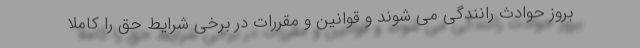
بروز حوادث رانندگی می شوند و قوانین و مقررات در برخی شرایط حق را کاملا